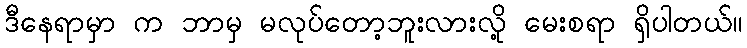
ဒီနေရာမှာ က ဘာမှ မလုပ်တော့ဘူးလားလို့ မေးစရာ ရှိပါတယ်။